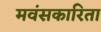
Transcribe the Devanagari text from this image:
मवंसकारिता